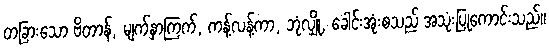
တခြားသော ဗိတာန်, မျက်နှာကြက်, ကန့်လန့်ကာ, ဘုံလျှို, ခေါင်းအုံးစသည် အသုံးပြုကောင်းသည်။